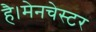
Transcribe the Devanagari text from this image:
है।मेनचेस्टर